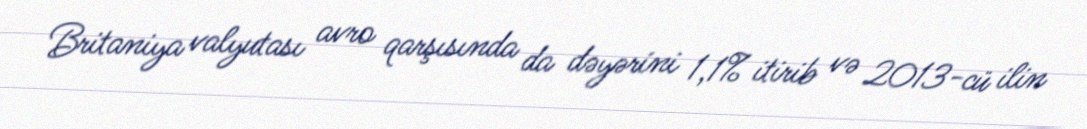
Britaniya valyutası avro qarşısında da dəyərini 1,1% itirib və 2013-cü ilin